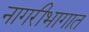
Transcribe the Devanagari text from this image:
नागरीभागात